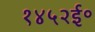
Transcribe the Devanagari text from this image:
१४५२ई॰